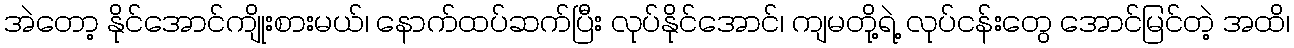
အဲတော့ နိုင်အောင်ကျိုးစားမယ်၊ နောက်ထပ်ဆက်ပြီး လုပ်နိုင်အောင်၊ ကျမတို့ရဲ့ လုပ်ငန်းတွေ အောင်မြင်တဲ့ အထိ၊